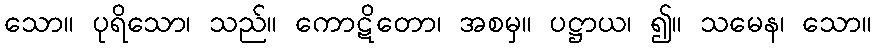
သော။ ပုရိသော၊ သည်။ ကောဋိတော၊ အစမှ။ ပဋ္ဌာယ၊ ၍။ သမေန၊ သော။